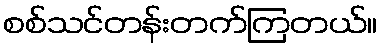
စစ်သင်တန်းတက်ကြတယ်။